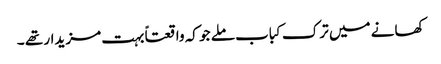
کھانے میں ترک کباب ملے جو کہ واقعتاً بہت مزیدار تھے ۔